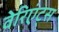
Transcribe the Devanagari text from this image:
वेरिएंट्स